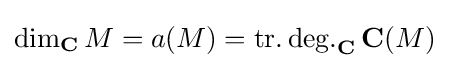
\dim _{\mathbf {C} }M=a(M)=\operatorname {tr.deg.} _{\mathbf {C} }\mathbf {C} (M)